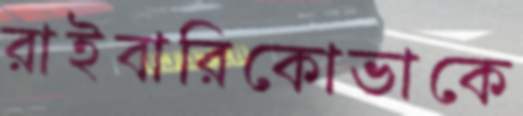
রাইবারিকোভাকে